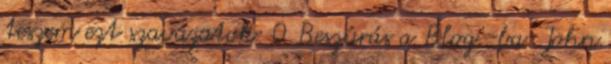
teszem ezt szavazatok: 0 Beszúrás a Blog -ba: John